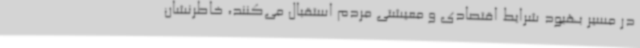
در مسیر بهبود شرایط اقتصادی و معیشتی مردم استقبال می‌کنند، خاطرنشان